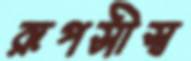
রূপসীস্ব